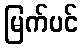
မြက်ပင်